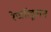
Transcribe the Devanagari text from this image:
रेजॉलूशन